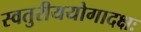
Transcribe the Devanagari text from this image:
स्वतुरीययोगादक्षः